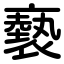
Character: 褻